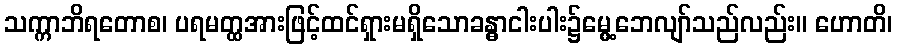
သက္ကာဘိရတောစ၊ ပရမတ္ထအားဖြင့်ထင်ရှားမရှိသောခန္ဓာငါးပါး၌မွေ့ဘေလျာ်သည်လည်း။ ဟောတိ၊